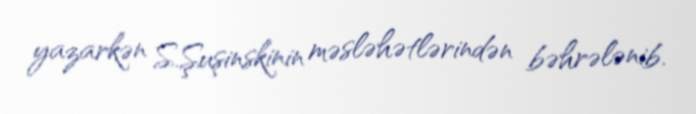
yazarkən S.Şuşinskinin məsləhətlərindən bəhrələnib.